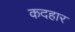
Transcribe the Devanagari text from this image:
कदहार